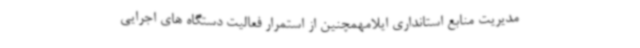
مدیریت منابع استانداری ایلامهمچنین از استمرار فعالیت دستگاه های اجرایی